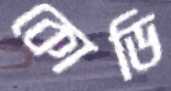
কোডি